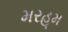
મરહૂમ